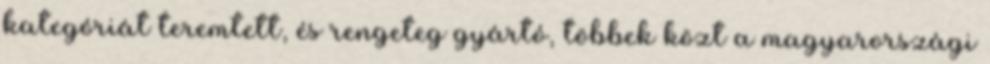
kategóriát teremtett, és rengeteg gyártó, többek közt a magyarországi